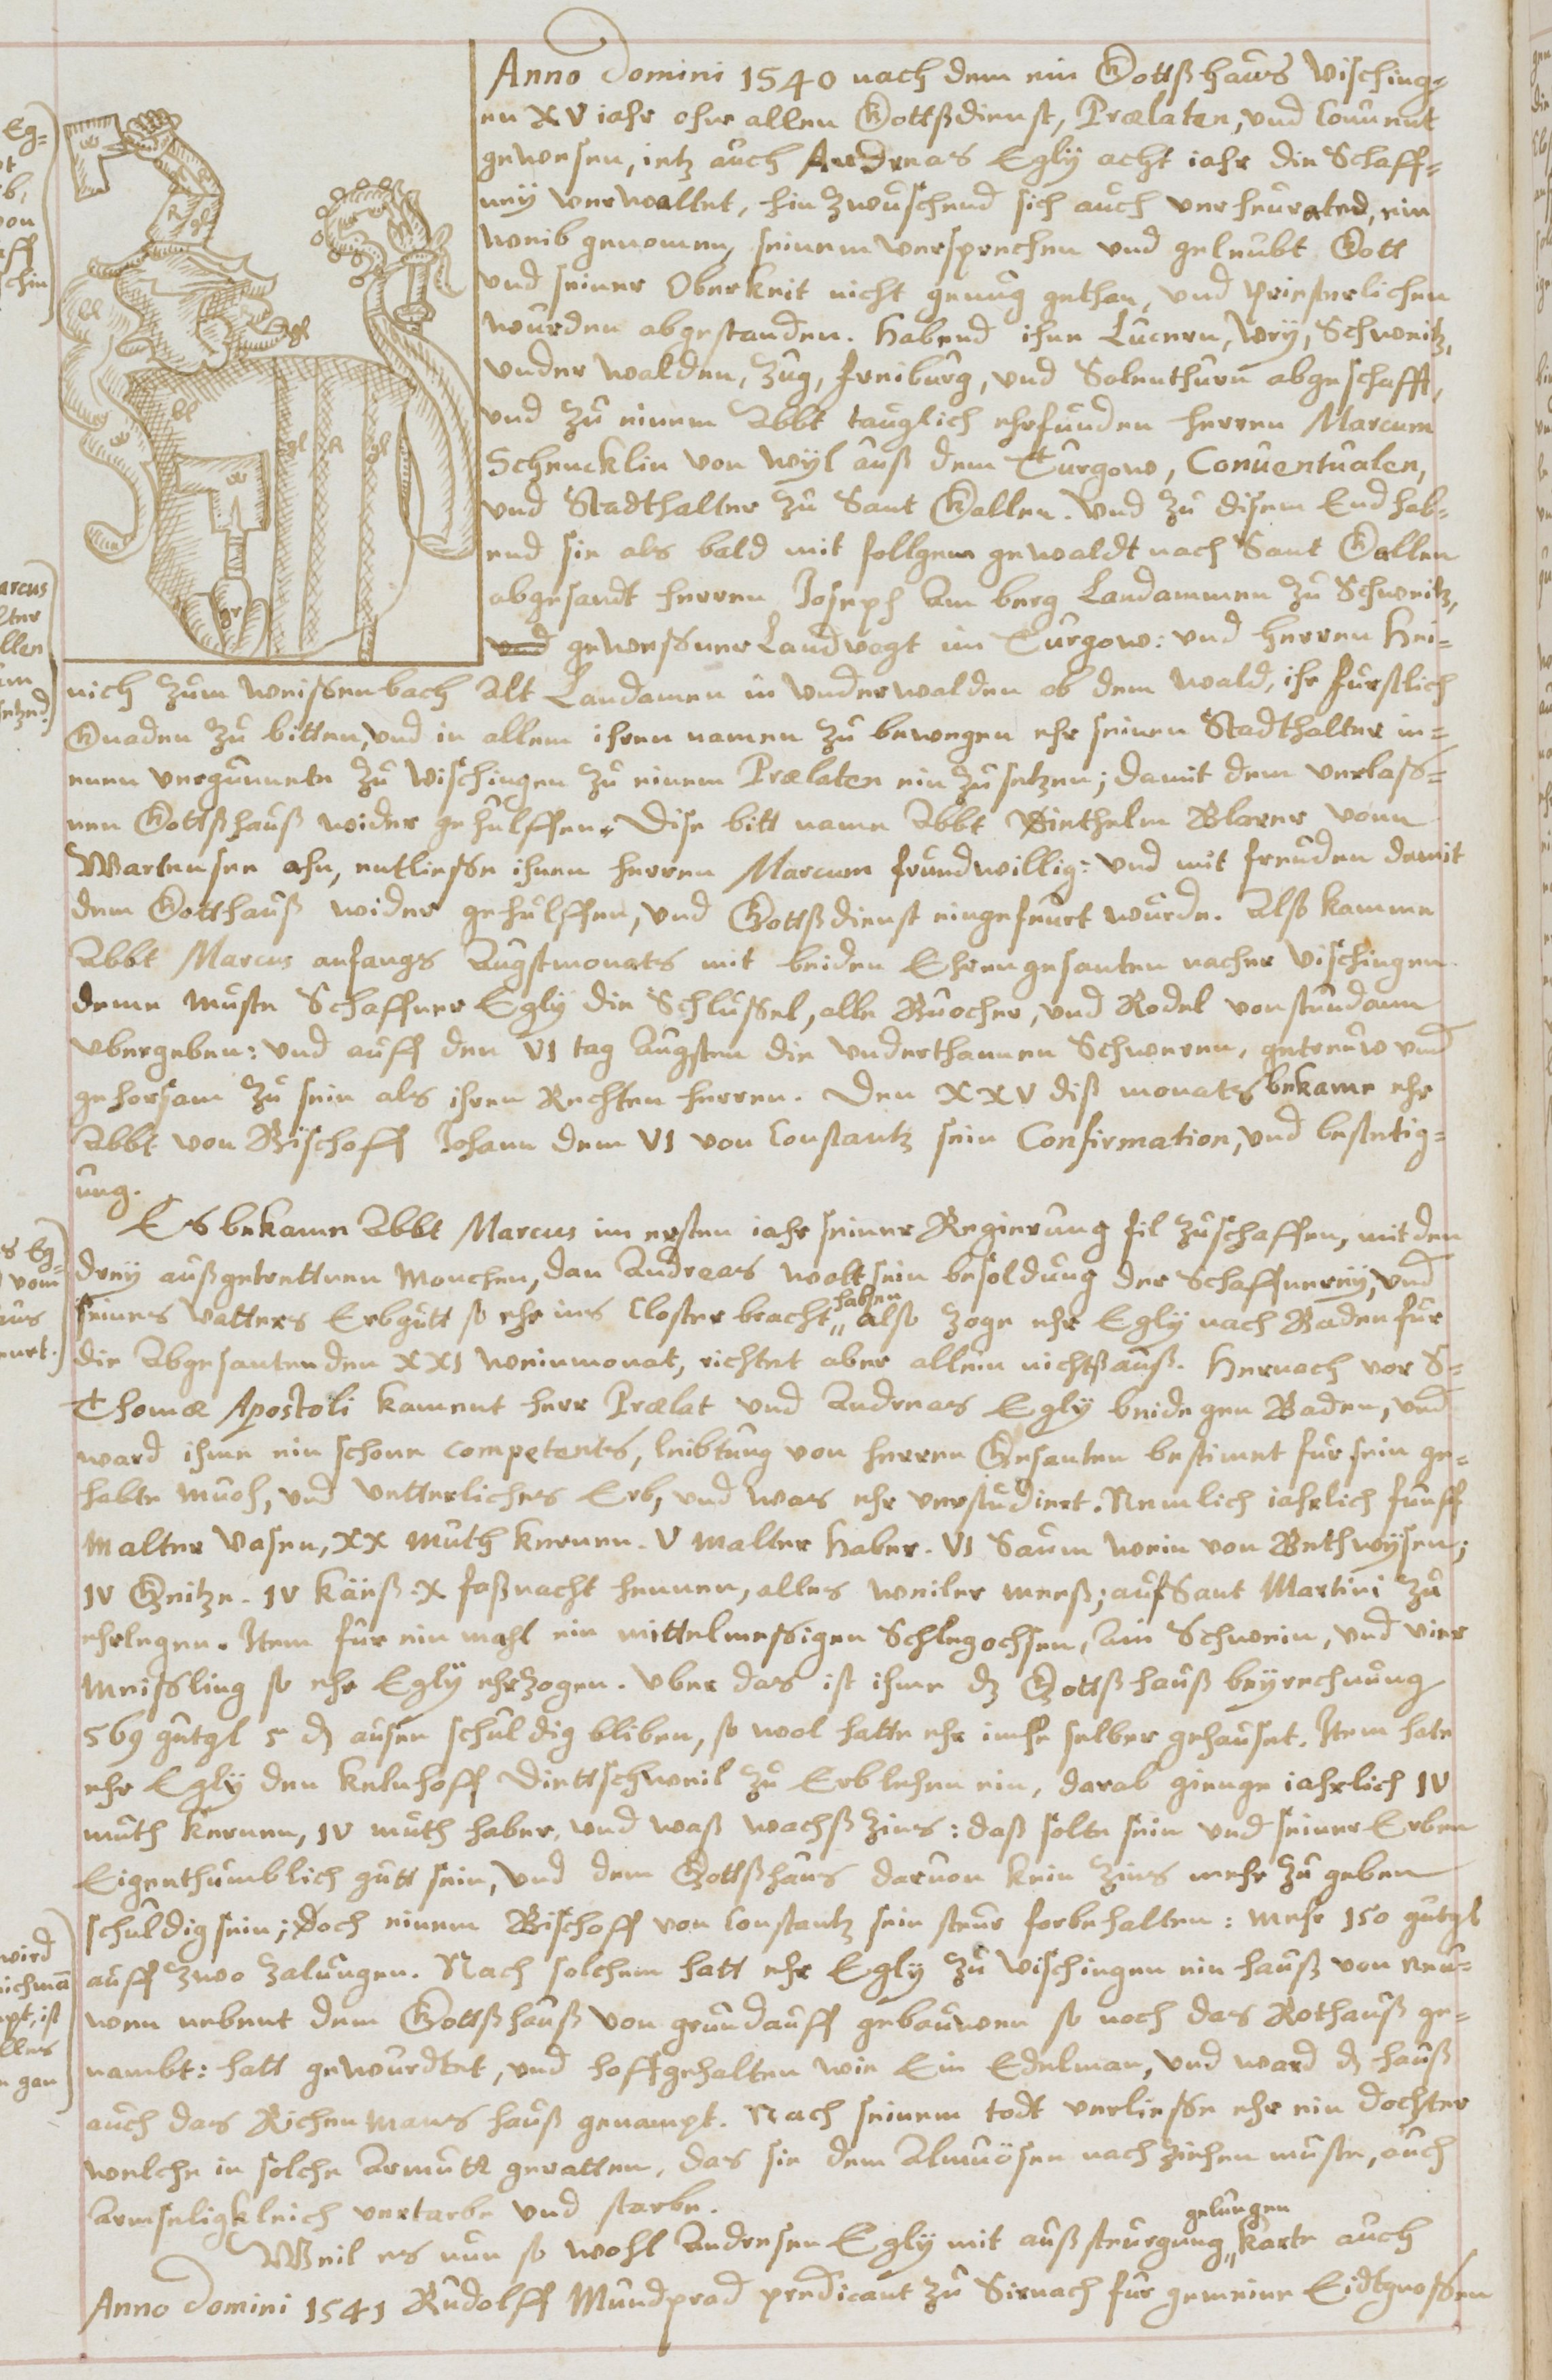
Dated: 1619–1649